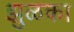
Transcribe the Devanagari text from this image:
झुळका